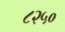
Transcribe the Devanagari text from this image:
८२५०